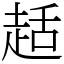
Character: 趏